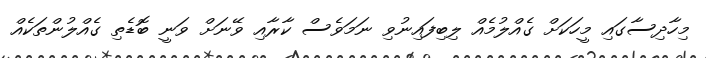
މިހާދިސާގައި މީހަކަށް ގެއްލުމެއް ލިބިފައިނުވި ނަމަވެސް ކާރާއި ވޭނަށް ވަނީ ބޮޑެތި ގެއްލުންތަކެއް